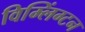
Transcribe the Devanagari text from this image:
विम्लिंग्टन